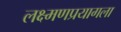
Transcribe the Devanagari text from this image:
लक्ष्मणप्रयागला